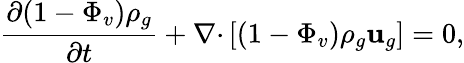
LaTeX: \frac{\partial(1-\Phi_{v})\rho_{g}}{\partial t}+\nabla\mathbf{\mathbf{\cdot}}\left[(1-\Phi_{v})\rho_{g}\textbf{u}_{g}\right]=0,